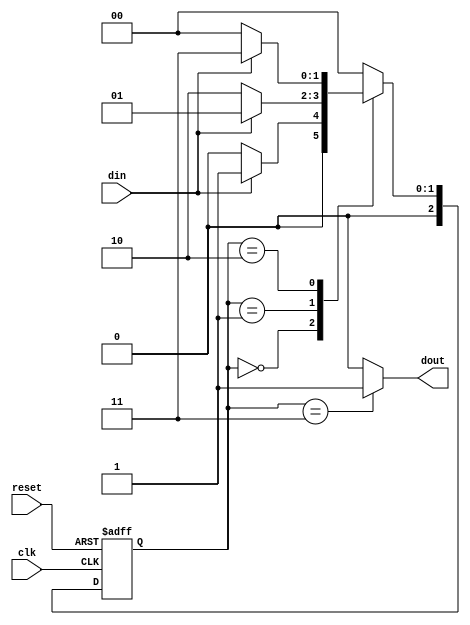
`timescale 1ns / 1ps
//////////////////////////////////////////////////////////////////////////////////
// Company: 
// Engineer: 
// 
// Design Name: 
// Module Name:    sd1011_mealy 
// Project Name: 
// Target Devices: 
// Tool versions: 
// Description: 
//
// Dependencies: 
//
// Revision: 
// Revision 0.01 - File Created
// Additional Comments: 
//
//////////////////////////////////////////////////////////////////////////////////
module sd1011_mealy(input  clk,
                   input  reset,
                   input  din,
                   output reg dout);

  
parameter s0=2'b00,s1=2'b01,s2=2'b10,s3=2'b11;
reg [2:0] ps,ns;
  always @(posedge clk or posedge reset) begin
    if(reset) 
      ps<=s0;
    else
	 ps<=ns;
	 end
	 always @ (ps or din)
	 begin
      case(ps)
        s0: begin
          if(din==1)
            ns=s1;
          else 
            ns=s0;
		  end
        s1: begin
          if(din==0) 
            ns= s2;
            
         
          else 
            ns=s1;
         
			 end
        s2: begin
          if(din==1) 
            ns= s3;
            
          else 
            ns=s0;
           
          end
			 
        s3: begin
          if(din==1) 
            ns=s0;
          else 
            ns=s0;
          end
        default:ns=s0;
      endcase
    end
  always @ (ps)
  begin
  case(ps)
  s0:dout=0;
  s1:dout=0;
  s2:dout=0;
  s3:dout=1;
  default: dout=0;
  endcase
  end
endmodule